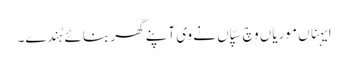
ایہناں موریاں وچ سپّاں نے وی آپنے گھر بنائے ہُندے۔